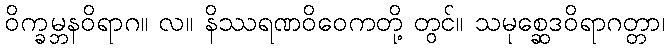
ဝိက္ခမ္ဘနဝိရာဂ။ လ။ နိဿရဏဝိဝေကတို့ တွင်။ သမုစ္ဆေဒဝိရာဂတ္တာ၊